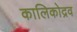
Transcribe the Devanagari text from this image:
कालिकोद्रव